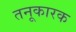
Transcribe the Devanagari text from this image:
तनूकारक